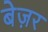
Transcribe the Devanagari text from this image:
बेज़र